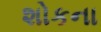
શોકના